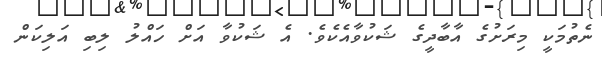
ނެތުމަކީ މިރަށުގެ އާބާދީގެ ޝަކުވާއެކެވެ. އެ ޝަކުވާ އަށް ހައްލު ލިބި އަލިކަން